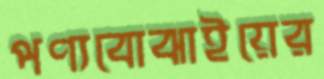
পণ্যবোঝাইয়ের